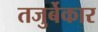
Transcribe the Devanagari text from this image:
तजुर्बेकार